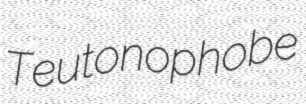
Teutonophobe